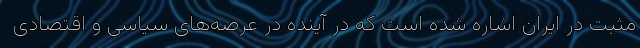
مثبت در ایران اشاره شده است که در آینده در عرصه‌های سیاسی و اقتصادی